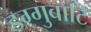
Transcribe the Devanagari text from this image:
डग्गुबाटि